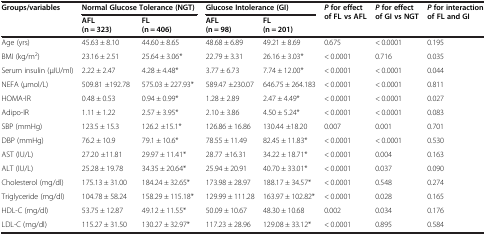
<table><thead><tr><td rowspan="2"><b>Groups/variables</b></td><td colspan="2"><b>Normal Glucose Tolerance (NGT)</b></td><td colspan="2"><b>Glucose Intolerance (GI)</b></td><td rowspan="2"><b><i>P </i>for effect of FL vs AFL</b></td><td rowspan="2"><b><i>P </i>for effect of GI vs NGT</b></td><td rowspan="2"><b><i>P </i>for interaction of FL and GI</b></td></tr><tr><td><b>AFL (n = 323)</b></td><td><b>FL (n = 406)</b></td><td><b>AFL (n = 98)</b></td><td><b>FL (n = 201)</b></td></tr></thead><tbody><tr><td>Age (yrs)</td><td>45.63 ± 8.10</td><td>44.60 ± 8.65</td><td>48.68 ± 6.89</td><td>49.21 ± 8.69</td><td>0.675</td><td>&lt; 0.0001</td><td>0.195</td></tr><tr><td>BMI (kg/m<sup>2</sup>)</td><td>23.16 ± 2.51</td><td>25.64 ± 3.06*</td><td>22.79 ± 3.31</td><td>26.16 ± 3.03*</td><td>&lt; 0.0001</td><td>0.716</td><td>0.035</td></tr><tr><td>Serum insulin (μIU/ml)</td><td>2.22 ± 2.47</td><td>4.28 ± 4.48*</td><td>3.77 ± 6.73</td><td>7.74 ± 12.00*</td><td>&lt; 0.0001</td><td>&lt; 0.0001</td><td>0.044</td></tr><tr><td>NEFA (μmol/L)</td><td>509.81 ±192.78</td><td>575.03 ± 227.93*</td><td>589.47 ±230.07</td><td>646.75 ± 264.183</td><td>&lt; 0.0001</td><td>&lt; 0.0001</td><td>0.811</td></tr><tr><td>HOMA-IR</td><td>0.48 ± 0.53</td><td>0.94 ± 0.99*</td><td>1.28 ± 2.89</td><td>2.47 ± 4.49*</td><td>&lt; 0.0001</td><td>&lt; 0.0001</td><td>0.027</td></tr><tr><td>Adipo-IR</td><td>1.11 ± 1.22</td><td>2.57 ± 3.95*</td><td>2.10 ± 3.86</td><td>4.50 ± 5.24*</td><td>&lt; 0.0001</td><td>&lt; 0.0001</td><td>0.083</td></tr><tr><td>SBP (mmHg)</td><td>123.5 ± 15.3</td><td>126.2 ±15.1*</td><td>126.86 ± 16.86</td><td>130.44 ±18.20</td><td>0.007</td><td>0.001</td><td>0.701</td></tr><tr><td>DBP (mmHg)</td><td>76.2 ± 10.9</td><td>79.1 ± 10.6*</td><td>78.55 ± 11.49</td><td>82.45 ± 11.83*</td><td>&lt; 0.0001</td><td>&lt; 0.0001</td><td>0.530</td></tr><tr><td>AST (IU/L)</td><td>27.20 ±11.81</td><td>29.97 ± 11.41*</td><td>28.77 ±16.31</td><td>34.22 ± 18.71*</td><td>&lt; 0.0001</td><td>0.004</td><td>0.163</td></tr><tr><td>ALT (IU/L)</td><td>25.28 ± 19.78</td><td>34.35 ± 20.64*</td><td>25.94 ± 20.91</td><td>40.70 ± 33.01*</td><td>&lt; 0.0001</td><td>0.037</td><td>0.090</td></tr><tr><td>Cholesterol (mg/dl)</td><td>175.13 ± 31.00</td><td>184.24 ± 32.65*</td><td>173.98 ± 28.97</td><td>188.17 ± 34.57*</td><td>&lt; 0.0001</td><td>0.548</td><td>0.274</td></tr><tr><td>Triglyceride (mg/dl)</td><td>104.78 ± 58.24</td><td>158.29 ± 115.18*</td><td>129.99 ± 111.28</td><td>163.97 ± 102.82*</td><td>&lt; 0.0001</td><td>0.028</td><td>0.165</td></tr><tr><td>HDL-C (mg/dl)</td><td>53.75 ± 12.87</td><td>49.12 ± 11.55*</td><td>50.09 ± 10.67</td><td>48.30 ± 10.68</td><td>0.002</td><td>0.034</td><td>0.176</td></tr><tr><td>LDL-C (mg/dl)</td><td>115.27 ± 31.50</td><td>130.27 ± 32.97*</td><td>117.23 ± 28.96</td><td>129.08 ± 33.12*</td><td>&lt; 0.0001</td><td>0.895</td><td>0.584</td></tr></tbody></table>